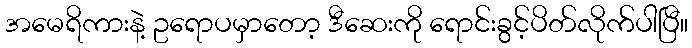
အမေရိကားနဲ့ ဥရောပမှာတော့ ဒီဆေးကို ရောင်းခွင့်ပိတ်လိုက်ပါပြီ။